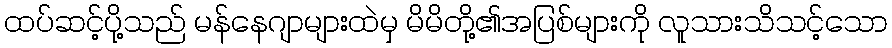
ထပ်ဆင့်ပို့သည် မန်နေဂျာများထဲမှ မိမိတို့၏အပြစ်များကို လူသားသိသင့်သော